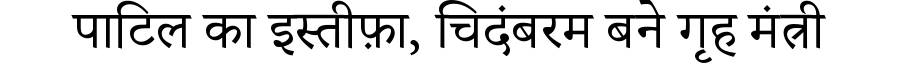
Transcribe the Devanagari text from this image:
पाटिल का इस्तीफ़ा, चिदंबरम बने गृह मंत्री